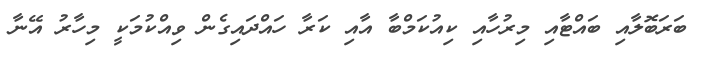
ބަރަބޮލާއި ބައްޓާއި މިރުހާއި ކިއުކަމްބާ އާއި ކަރާ ހައްދައިގެން ވިއްކުމަކީ މިހާރު އޭނާ